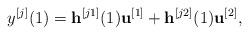
LaTeX: \begin{align*}{y^{[j]}}(1) = {{\bf{h}}^{[j1]}}(1){{\bf{u}}^{[1]}} + {{\bf{h}}^{[j2]}}(1){{\bf{u}}^{[2]}},\end{align*}